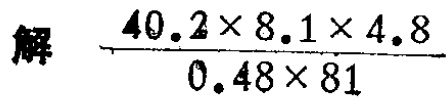
解 $\frac{40.2\times 8.1\times 4.8}{0.48\times 81}$